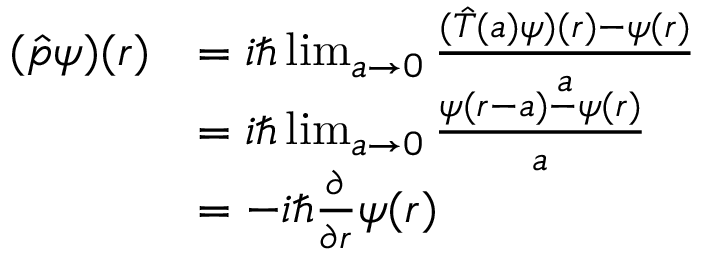
{ \begin{array} { r l } { ( { \hat { p } } \psi ) ( r ) } & { = i \hbar \operatorname* { l i m } _ { a \to 0 } { \frac { ( { \hat { T } } ( a ) \psi ) ( r ) - \psi ( r ) } { a } } } \\ & { = i \hbar \operatorname* { l i m } _ { a \to 0 } { \frac { \psi ( r - a ) - \psi ( r ) } { a } } } \\ & { = - i \hbar { \frac { \partial } { \partial r } } \psi ( r ) } \end{array} }